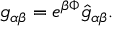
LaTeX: g _ { \alpha \beta } = e ^ { \beta \Phi } \hat { g } _ { \alpha \beta } .